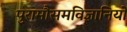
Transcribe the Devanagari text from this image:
पुरामौसमविज्ञानियों